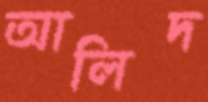
আলিদ